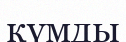
қүмды